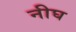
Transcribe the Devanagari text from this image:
नीघ